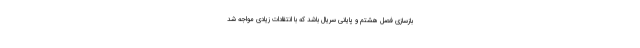
بازسازی فصل هشتم و پایانی سریال باشد که با انتقادات زیادی مواجه شد